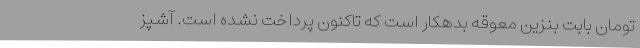
تومان بابت بنزین معوقه بدهکار است که تاکنون پرداخت نشده است. آشپز